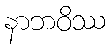
နာဘဝိဿ